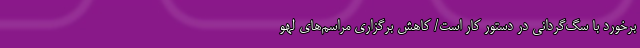
برخورد با سگ‌گردانی‌ در دستور کار است/ کاهش برگزاری مراسم‌های لهو